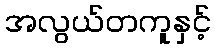
အလွယ်တကူနှင့်